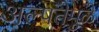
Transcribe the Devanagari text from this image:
अल्पतेमुळे